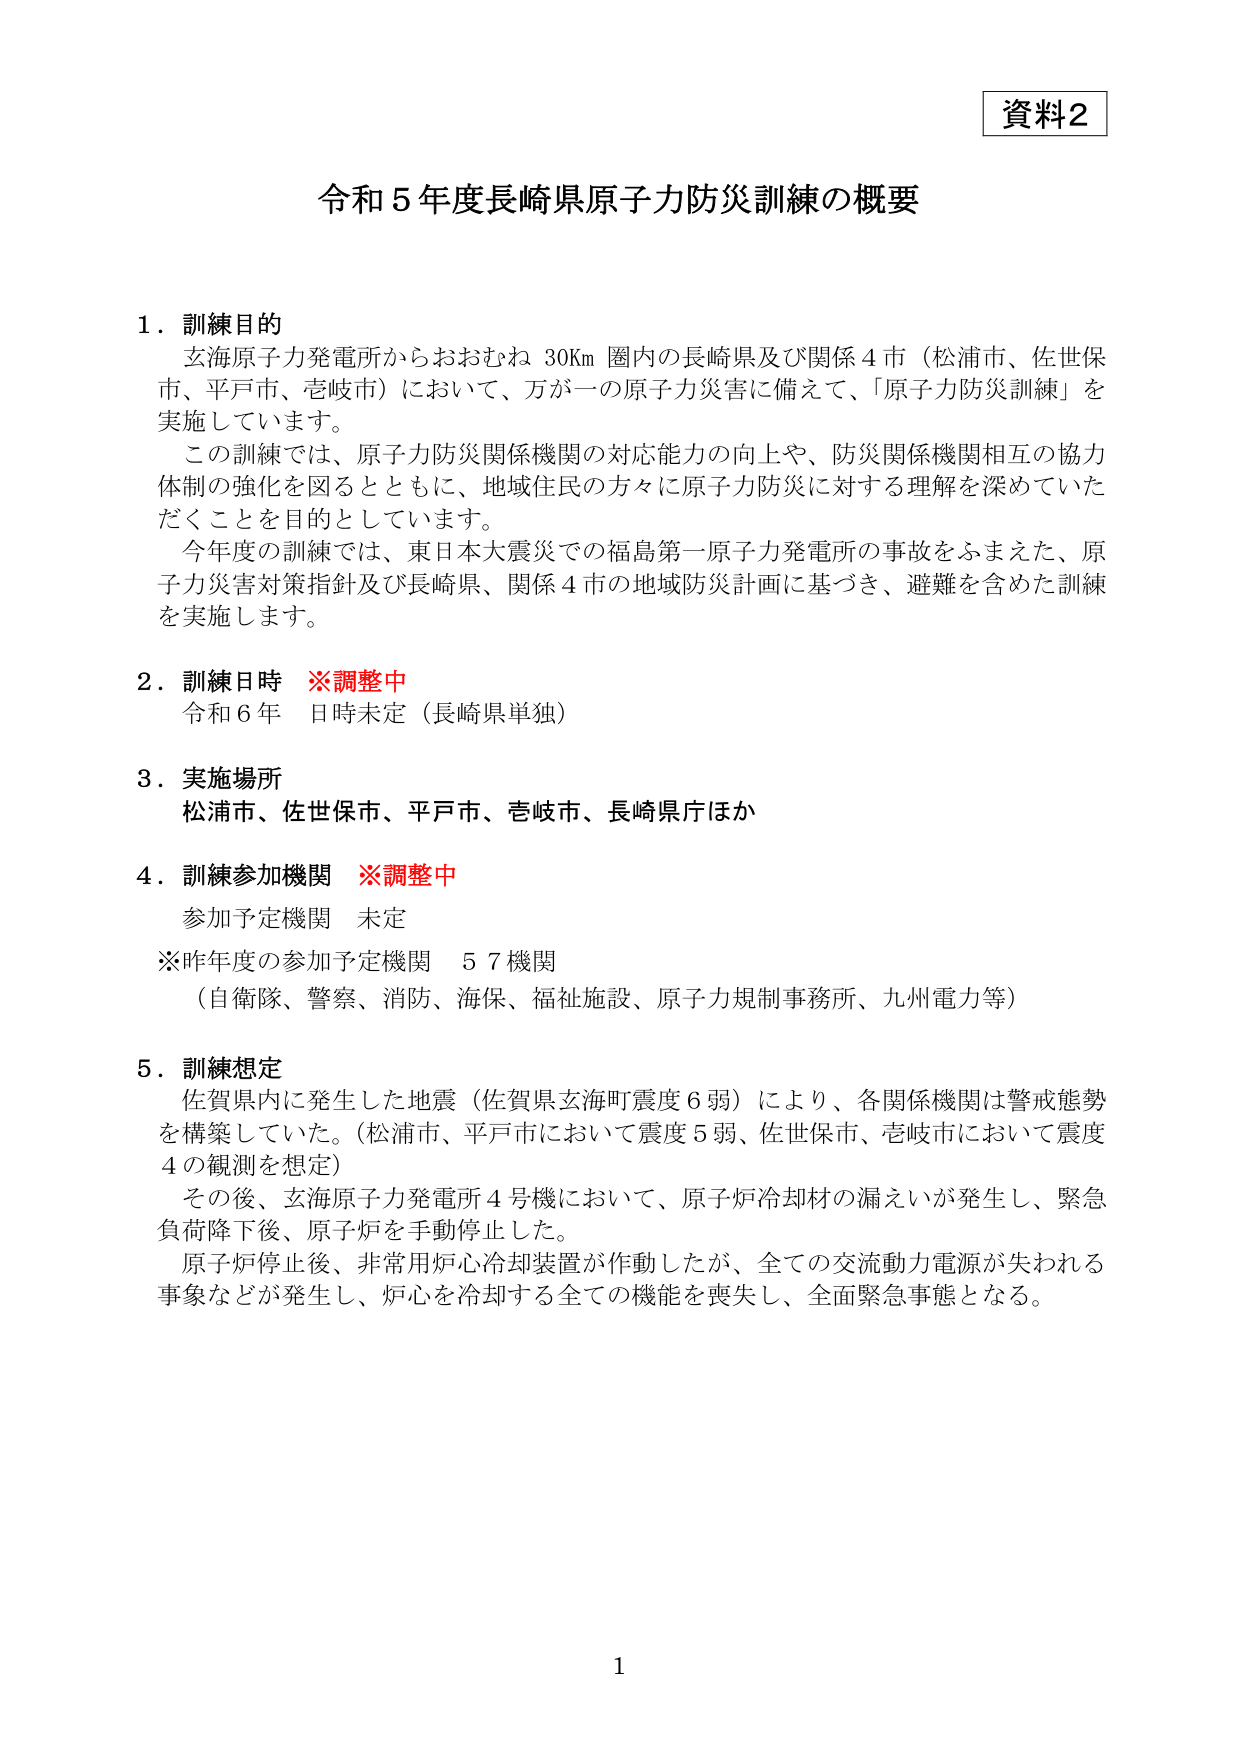
資料2

令和5年度長崎県原子力防災訓練の概要

1．訓練目的
　玄海原子力発電所からおおむね30Km圏内の長崎県及び関係4市（松浦市、佐世保市、平戸市、壱岐市）において、万が一の原子力災害に備えて、「原子力防災訓練」を実施しています。
　この訓練では、原子力防災関係機関の対応能力の向上や、防災関係機関相互の協力体制の強化を図るとともに、地域住民の方々に原子力防災に対する理解を深めていただくことを目的としています。
　今年度の訓練では、東日本大震災での福島第一原子力発電所の事故をふまえた、原子力災害対策指針及び長崎県、関係4市の地域防災計画に基づき、避難を含めた訓練を実施します。

2．訓練日時　※調整中
　令和6年　日時未定（長崎県単独）

3．実施場所
　松浦市、佐世保市、平戸市、壱岐市、長崎県庁ほか

4．訓練参加機関　※調整中
　参加予定機関　未定
　※昨年度の参加予定機関　57機関
　（自衛隊、警察、消防、海保、福祉施設、原子力規制事務所、九州電力等）

5．訓練想定
　佐賀県内に発生した地震（佐賀県玄海町震度6弱）により、各関係機関は警戒態勢を構築していた。（松浦市、平戸市において震度5弱、佐世保市、壱岐市において震度4の観測を想定）
　その後、玄海原子力発電所4号機において、原子炉冷却材の漏えいが発生し、緊急負荷降下後、原子炉を手動停止した。
　原子炉停止後、非常用炉心冷却装置が作動したが、全ての交流動力電源が失われる事象などが発生し、炉心を冷却する全ての機能を喪失し、全面緊急事態となる。

1